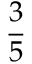
\frac { 3 } { 5 }